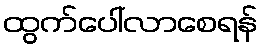
ထွက်ပေါ်လာစေရန်